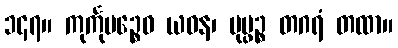
၁၄၇။ ကုင်္ကုမဉ္စေဝ ယဝန၊ ပုပ္ဖဉ္စ တဂရံ တထာ။